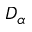
D _ { \alpha }